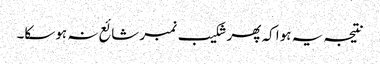
نتیجہ یہ ہوا کہ پھر شکیب نمبر شائع نہ ہوسکا۔